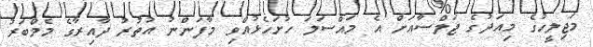
މަޖިލީހުގެ މިއަދުގެ ޖަލްސާއަށް އެ މައްސަލަ ހުށަހެޅުއްވި މާފަންނު އުތުރު ދާއިރާގެ މެމްބަރު